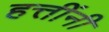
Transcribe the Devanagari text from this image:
हत्तींनी